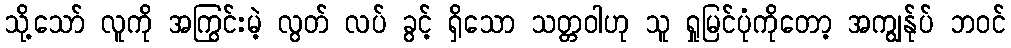
သို့သော် လူကို အကြွင်းမဲ့ လွတ် လပ် ခွင့် ရှိသော သတ္တဝါဟု သူ ရှုမြင်ပုံကိုတော့ အကျွန်ုပ် ဘဝင်